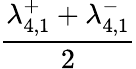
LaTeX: \frac{\lambda_{4,1}^{+}+\lambda_{4,1}^{-}}{2}